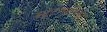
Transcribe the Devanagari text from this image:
स्टुटगार्टच्या